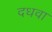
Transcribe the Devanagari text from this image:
दधवा